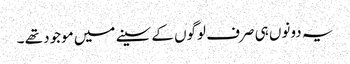
یہ دونوں‌ ہی صرف لوگوں کے سینے میں موجود تھے ۔